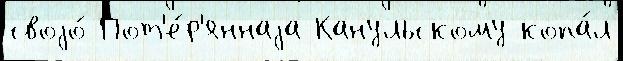
своjо́ Пот'е́р'яннаjа Канульскому копа́л